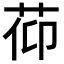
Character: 𦯒